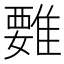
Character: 𩀄